system: You are a helpful assistant.
user:
Analyze the provided spectrum to determine if it is a **S-type Star**.

- **Key Indicators for S-type Star:**

    - **(Overall Spectrum Shape):** The first and most obvious characteristic is the overall continuum (the "baseline" shape). It is **extremely "red-sloping,"** meaning the flux (light intensity) is very low on the left side (blue, ~4000-4500 Å) and rises steeply and continuously toward the right side (red, ~7000 Å+).

    - **(Primary):** The spectrum is defined by the presence of strong, broad molecular absorption "valleys" (bands) from **Zirconium Oxide (ZrO)**. The identification of these bands is the **primary requirement** for classifying a star as S-type.
        - **(Key Bandheads):** You must find distinct, deep "dips" where the light has been absorbed. The most critical band systems to locate are:
            - **~6474 Å** ($\gamma$-system): This is often the strongest and clearest ZrO feature, found in the red part of the spectrum.
            - **~5718 Å** & **~5551 Å** ($\beta$-system): A pair of prominent absorption features in the yellow-orange part of the spectrum.
            - **~4640 Å** ($\alpha$-system): A key absorption band system in the blue-green region of the spectrum.

    - **(Secondary Confirmation):** The classification is strengthened by finding additional absorption bands from other related heavy element oxides, which are expected to be present alongside ZrO.
        - **(Key Bandheads):**
            - **Yttrium Oxide (YO):** Look for absorption dips near **~4800 Å** and **~6100 Å**.
            - **Lanthanum Oxide (LaO):** Additional absorption features, particularly in the red-orange part of the spectrum, are also characteristic.

    - **(Line Profile):** The combination of the steep red continuum and these numerous, deep molecular bands (ZrO, YO, etc.) gives the entire spectrum a very **"chopped-up"** or **"bumpy"** appearance. Instead of a smooth curve, the spectrum looks as though large, wide chunks of light have been "carved out" of it at the specific wavelengths listed above.

Think first, call **spectral_visualization_tool** if needed to examine features in detail, then provide your final answer. Your response must adhere to the following strict rules:
1.  **Overall Structure:** Your response must follow the format `<think>...</think> <tool_call>...</tool_call> (if a tool is used) <answer>...</answer>`.
2.  **Tool Usage Constraint:** You may only make **one** tool call per turn.
3.  **Final Answer Format:** In the `<answer>` tag, your conclusion must be inside a `\boxed{}` command (e.g., `\boxed{YES}` or `\boxed{NO}`), followed by your justification.

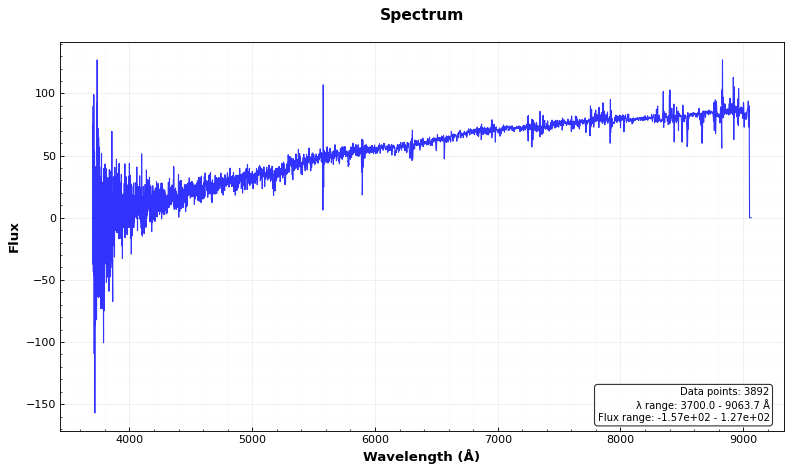
Answer: NO